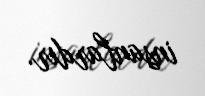
insanlardır.